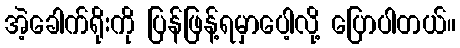
အဲ့ခေါက်ရိုးကို ပြန်ဖြန့်ရမှာပေါ့လို့ ပြောပါတယ်။